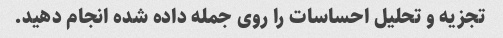
تجزیه و تحلیل احساسات را روی جمله داده شده انجام دهید.